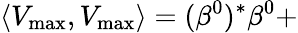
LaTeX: \left\langle V_{\operatorname*{max}},V_{\operatorname*{max}}\right\rangle=(\beta^{0})^{*}\beta^{0}+